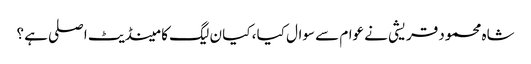
شاہ محمود قریشی نے عوام سے سوال کیا ، کیا ن لیگ کا مینڈیٹ اصلی ہے ؟